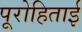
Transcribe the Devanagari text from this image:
पूरोहिताई